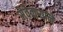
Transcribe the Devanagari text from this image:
सेवेकऱ्याने